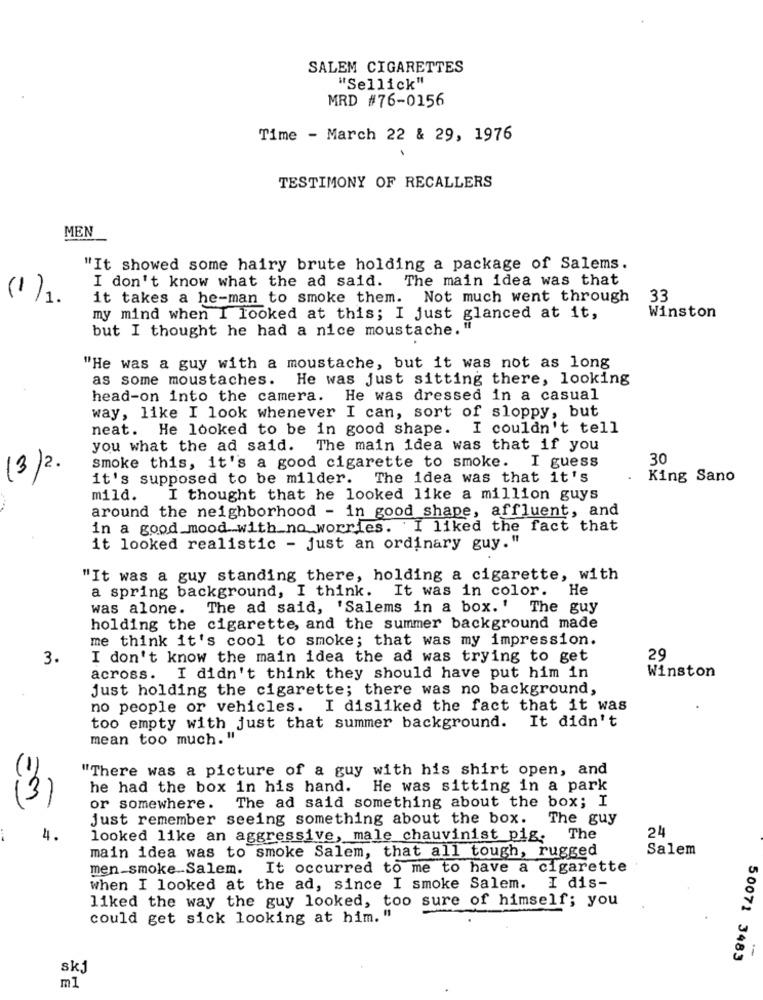
SALEM CIGARETTES
"Sellick"
MRD #76-0156
Time - March 22 & 29, 1976
TESTIMONY OF RECALLERS
MEN
"It showed some hairy brute holding a package of Salems.
I don't know what the ad said. The main idea was that
(1)1.
it takes a he-man to smoke them. Not much went through
33
my mind when I looked at this; I just glanced at it,
Winston
but I thought he had a nice moustache. "
"He was a guy with a moustache, but it was not as long
as some moustaches.
He was just sitting there, looking
head-on into the camera.
He was dressed in a casual
way, like I look whenever I can, sort of sloppy, but
neat. He looked to be in good shape.
I couldn't tell
you what the ad said. The main idea was that if you
smoke this, it's a good cigarette to smoke. I guess
30
(3/2.
it's supposed to be milder.
The idea was that it's
King Sano
mild.
I thought that he looked like a million guys
around the neighborhood - in good shape, affluent, and
in a good mood with_no worries. I liked the fact that
it looked realistic - just an ordinary guy."
"It was a guy standing there, holding a cigarette, with
a spring background, I think. It was in color. He
was alone. The ad said, 'Salems in a box.' The guy
holding the cigarette, and the summer background made
me think it's cool to smoke; that was my impression.
3.
I don't know the main idea the ad was trying to get
29
across. I didn't think they should have put him in
Winston
just holding the cigarette; there was no background,
no people or vehicles. I disliked the fact that it was
too empty with just that summer background. It didn't
mean too much. "
"There was a picture of a guy with his shirt open, and
he had the box in his hand. He was sitting in a park
The ad said something about the box; I
(3)
or somewhere.
Just remember seeing something about the box.
The guy
24
4.
looked like an aggressive, male chauvinist pig.
The
main idea was to smoke Salem, that all tough, rugged
Salem
men smoke-Salem.
It occurred to me to have a cigarette
when I looked at the ad, since I smoke Salem. I dis-
liked the way the guy looked, too sure of himself; you
could get sick looking at him. "
50071 3483
-
skj
ml